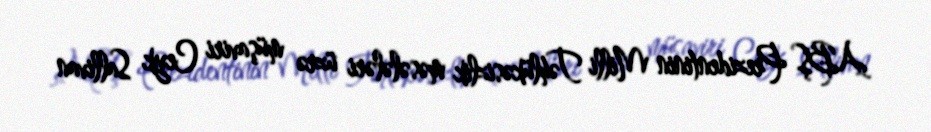
ABŞ Prezidentinin Milli Təhlükəsizlik məsələləri üzrə müşaviri Ceyk Sallivan